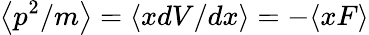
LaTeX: \left\langle p^{2}/m\right\rangle=\left\langle xdV/dx\right\rangle=-\langle xF\rangle